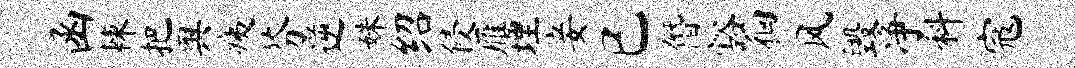
函棘把舆痍芬逆姝绍侵雁埋妾已僭豁徊风毁净料寇